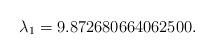
LaTeX: \begin{align*}\lambda_1 = 9.872680664062500.\end{align*}